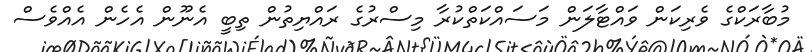
މުބާރަކްގެ ވެރިކަން ވައްޓާލަން މަސައްކަތްކުރާ މިސްރުގެ ރައްޔިތުން ތިބީ އެނޫން އެހެން އެއްވެސް